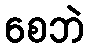
စေဘဲ